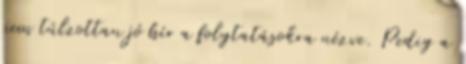
nem túlzottan jó hír a folytatásokra nézve. Pedig a